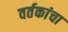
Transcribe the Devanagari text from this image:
वर्तकांचा